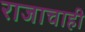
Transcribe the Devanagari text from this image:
राजाचाही